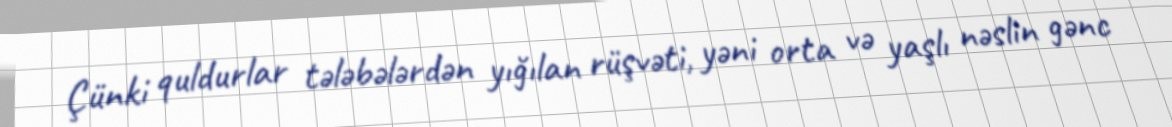
Çünki quldurlar tələbələrdən yığılan rüşvəti, yəni orta və yaşlı nəslin gənc